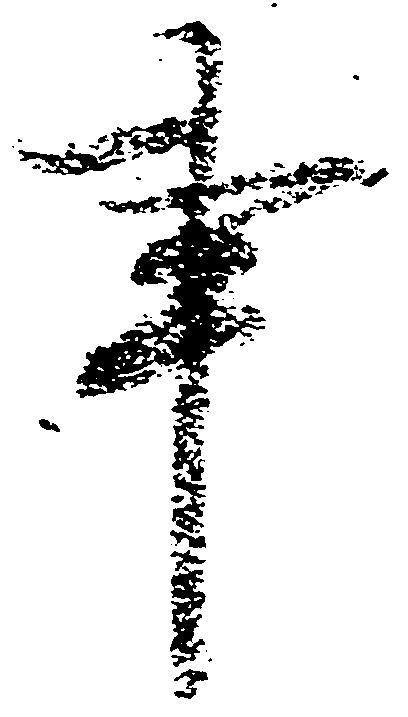
事